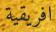
افريقية